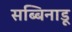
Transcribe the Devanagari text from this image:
सब्बिनाडू